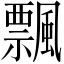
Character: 飄